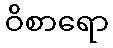
ဝိစာရော